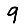
Digit: 9